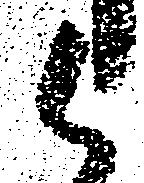
候